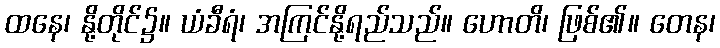
ထနေ၊ နို့တိုင်၌။ ယံခီရံ၊ အကြင်နို့ရည်သည်။ ဟောတိ၊ ဖြစ်၏။ တေန၊